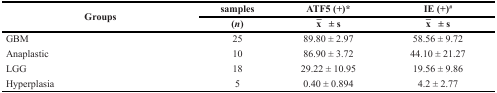
| <ROWSPAN=2> Groups | samples | ATF5 (+)* | IE (+)# |
 | (n) | x ̄ ± s | x ̄ ± s |
 | --- | --- | --- | --- |
 | GBM | 25 | 89.80 ± 2.97 | 58.56 ± 9.72 |
 | Anaplastic | 10 | 86.90 ± 3.72 | 44.10 ± 21.27 |
 | LGG | 18 | 29.22 ± 10.95 | 19.56 ± 9.86 |
 | Hyperplasia | 5 | 0.40 ± 0.894 | 4.2 ± 2.77 |